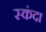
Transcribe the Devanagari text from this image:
स्कंदा